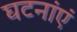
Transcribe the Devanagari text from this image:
घटनांएं